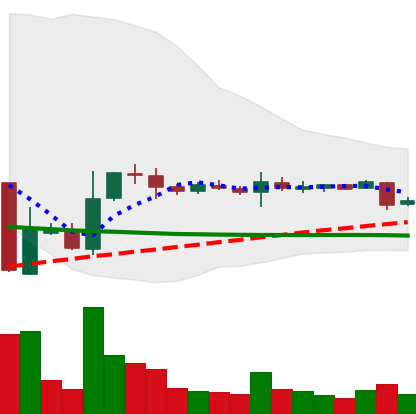
Ticker: XRP-USD
Chart end date: 2018-10-30
Forward return: 4.032%
Label: up_3_5